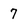
Character: 7